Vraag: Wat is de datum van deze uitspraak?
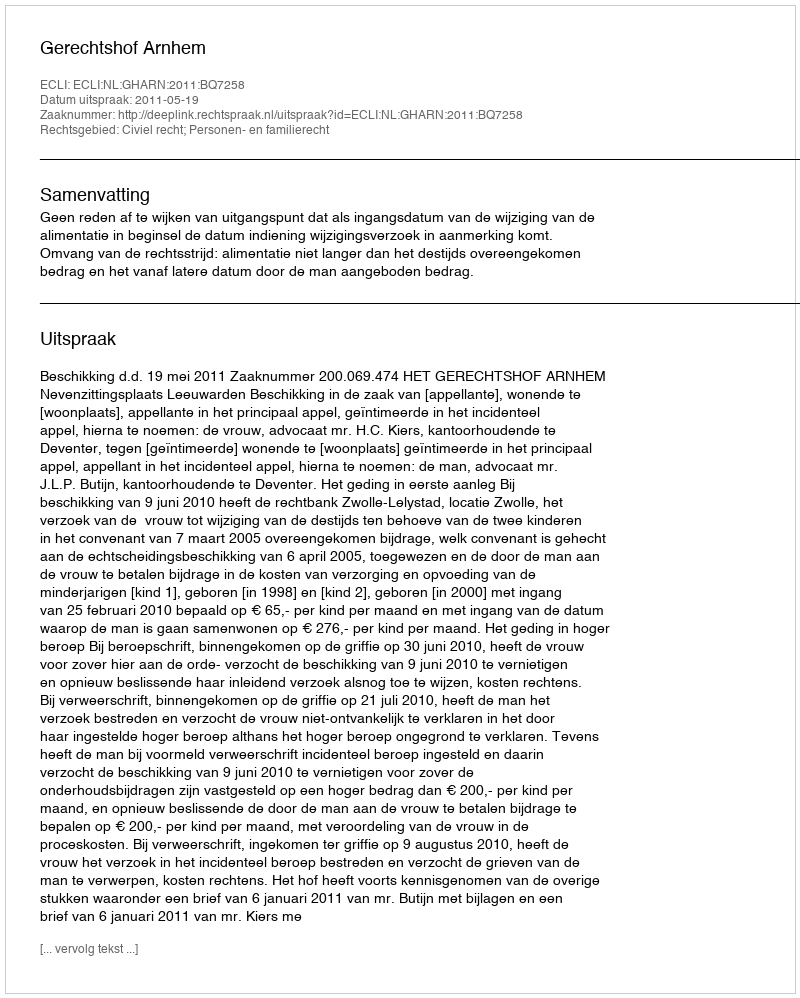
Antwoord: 2011-05-19